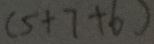
( 5 + 7 + 6 )